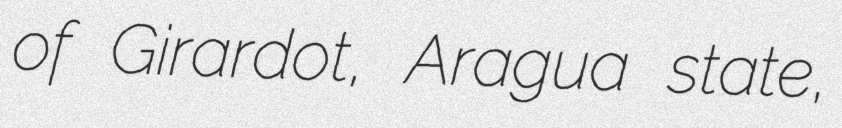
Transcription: of Girardot, Aragua state,